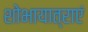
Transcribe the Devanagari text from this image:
शोभायात्राएं